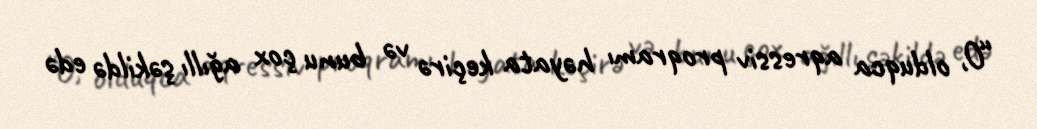
“O, olduqca aqressiv proqramı həyata keçirə və bunu çox ağıllı şəkildə edə